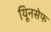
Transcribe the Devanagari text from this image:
यूिनसेफ